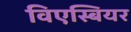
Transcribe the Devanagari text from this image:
विएस्बियर